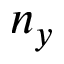
n _ { y }